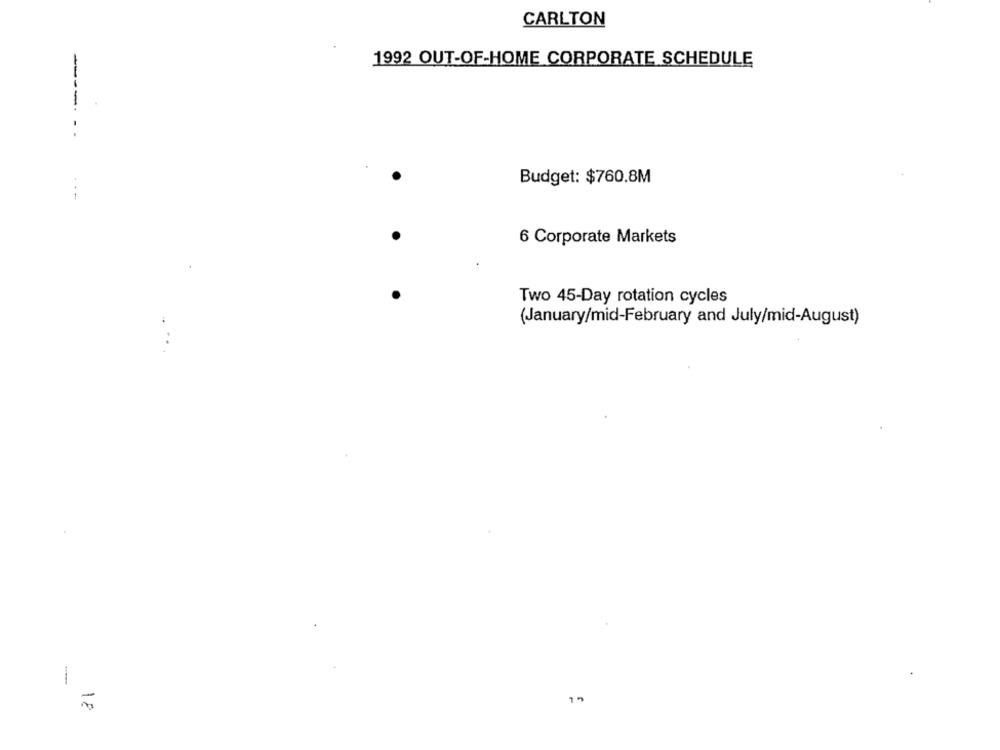
CARLTON
1992 OUT-OF-HOME CORPORATE SCHEDULE
----
Budget: $760.8M
--
6 Corporate Markets
Two 45-Day rotation cycles
(January/mid-February and July/mid-August)
-
18